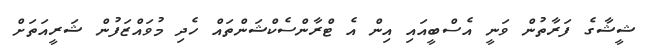
ޝީޝާގެ ފަރާތުން ވަނީ އެސްބީއައި އިން އެ ޓްރާންސެކްޝަންތައް ހެދި މުވައްޒަފުން ޝަރީއަތަށް